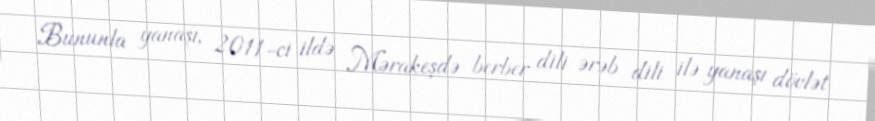
Bununla yanaşı, 2011-ci ildə Mərakeşdə berber dili ərəb dili ilə yanaşı dövlət